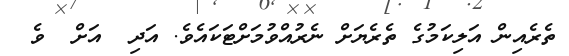
ތެރެއިން އަލިކަމުގެ ތެރެޔަށް ނެރުއްވުމަށްޓަކައެވެ. އަދި  އަށް  ވެ